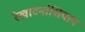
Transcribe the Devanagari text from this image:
रेखाटनांशिवाय